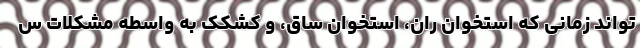
تواند زمانی که استخوان ران، استخوان ساق، و کشکک به واسطه مشکلات س